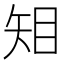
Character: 𥎶